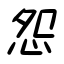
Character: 怨